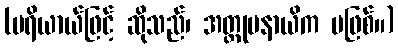
(ပရိယာယ်ဖြင့် ဆိုသည်၊ အတ္တုပနာယိက မဖြစ်။)